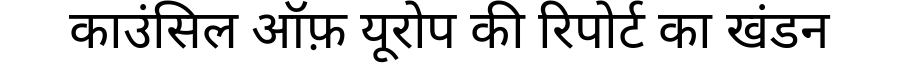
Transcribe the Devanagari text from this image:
काउंसिल ऑफ़ यूरोप की रिपोर्ट का खंडन